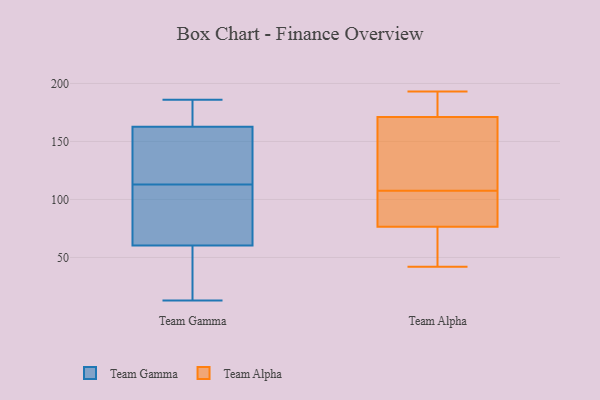
{"axis": {"x": "Latency (ms)", "y": "Value"}, "legend": ["Team Alpha", "Team Gamma"], "data": [{"x": "", "y": 125, "type": "Team Gamma"}, {"x": "", "y": 178, "type": "Team Gamma"}, {"x": "", "y": 51, "type": "Team Gamma"}, {"x": "", "y": 56, "type": "Team Gamma"}, {"x": "", "y": 169, "type": "Team Gamma"}, {"x": "", "y": 186, "type": "Team Gamma"}, {"x": "", "y": 144, "type": "Team Gamma"}, {"x": "", "y": 51, "type": "Team Gamma"}, {"x": "", "y": 94, "type": "Team Gamma"}, {"x": "", "y": 95, "type": "Team Gamma"}, {"x": "", "y": 49, "type": "Team Gamma"}, {"x": "", "y": 99, "type": "Team Gamma"}, {"x": "", "y": 128, "type": "Team Gamma"}, {"x": "", "y": 113, "type": "Team Gamma"}, {"x": "", "y": 135, "type": "Team Gamma"}, {"x": "", "y": 13, "type": "Team Gamma"}, {"x": "", "y": 73, "type": "Team Gamma"}, {"x": "", "y": 175, "type": "Team Gamma"}, {"x": "", "y": 180, "type": "Team Gamma"}, {"x": "", "y": 106, "type": "Team Alpha"}, {"x": "", "y": 109, "type": "Team Alpha"}, {"x": "", "y": 181, "type": "Team Alpha"}, {"x": "", "y": 178, "type": "Team Alpha"}, {"x": "", "y": 77, "type": "Team Alpha"}, {"x": "", "y": 178, "type": "Team Alpha"}, {"x": "", "y": 76, "type": "Team Alpha"}, {"x": "", "y": 150, "type": "Team Alpha"}, {"x": "", "y": 42, "type": "Team Alpha"}, {"x": "", "y": 164, "type": "Team Alpha"}, {"x": "", "y": 46, "type": "Team Alpha"}, {"x": "", "y": 193, "type": "Team Alpha"}, {"x": "", "y": 75, "type": "Team Alpha"}, {"x": "", "y": 80, "type": "Team Alpha"}, {"x": "", "y": 111, "type": "Team Alpha"}, {"x": "", "y": 151, "type": "Team Alpha"}, {"x": "", "y": 105, "type": "Team Alpha"}, {"x": "", "y": 66, "type": "Team Alpha"}, {"x": "", "y": 87, "type": "Team Alpha"}, {"x": "", "y": 188, "type": "Team Alpha"}]}